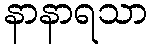
နာနာရသာ